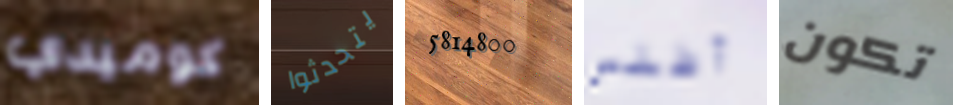
كوميدي يتحدثوا 5814800 أطلس تكون